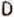
D